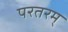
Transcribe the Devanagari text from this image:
परतरम्